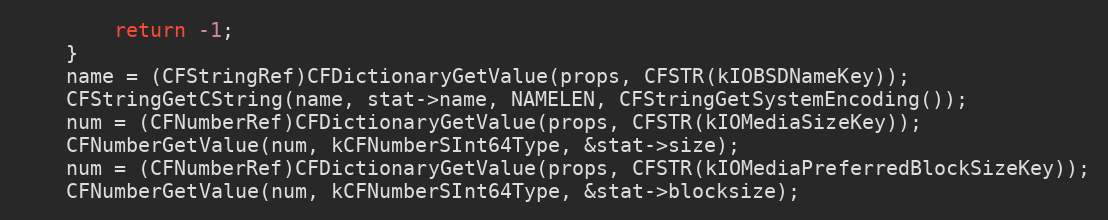
Language: C
		return -1;
	}
	name = (CFStringRef)CFDictionaryGetValue(props, CFSTR(kIOBSDNameKey));
	CFStringGetCString(name, stat->name, NAMELEN, CFStringGetSystemEncoding());
	num = (CFNumberRef)CFDictionaryGetValue(props, CFSTR(kIOMediaSizeKey));
	CFNumberGetValue(num, kCFNumberSInt64Type, &stat->size);
	num = (CFNumberRef)CFDictionaryGetValue(props, CFSTR(kIOMediaPreferredBlockSizeKey));
	CFNumberGetValue(num, kCFNumberSInt64Type, &stat->blocksize);